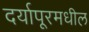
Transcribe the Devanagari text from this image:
दर्यापूरमधील